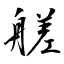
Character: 艖